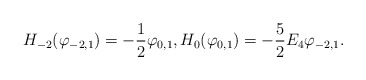
\begin{align*}H_{-2}(\varphi_{-2,1})=-\frac 12\varphi_{0,1},H_{0}(\varphi_{0,1})=-\frac 52 E_4\varphi_{-2,1}.\end{align*}